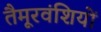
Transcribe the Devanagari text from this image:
तैमूरवंशियों